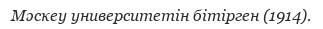
Мәскеу университетін бітірген (1914).